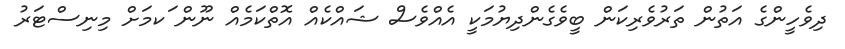
ދިވެހީންގެ އަތުން ތަރުވެރިކަން ބީވެގެންދިޔުމަކީ އެއްވެސް ޝައްކެއް އޮތްކަމެއް ނޫން ަކމަށް މިނިސްޓަރު